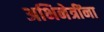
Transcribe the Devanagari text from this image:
अभिनेत्रींना